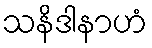
သနိဒါနာဟံ